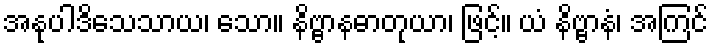
အနုပါဒိသေသာယ၊ သော။ နိဗ္ဗာနဓာတုယာ၊ ဖြင့်။ ယံ နိဗ္ဗာနံ၊ အကြင်